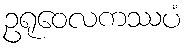
ဥရုဝေလကဿပံ